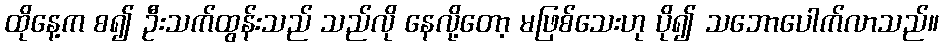
ထိုနေ့က စ၍ ဦးသက်ထွန်းသည် သည်လို နေလို့တော့ မဖြစ်သေးဟု ပို၍ သဘောပေါက်လာသည်။